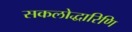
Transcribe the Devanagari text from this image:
सकलोद्धारिणि